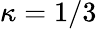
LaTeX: \kappa=1/3